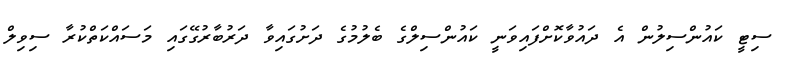
ސިޓީ ކައުންސިލުން އެ ދައުވާކޮށްފައިވަނީ ކައުންސިލްގެ ބެލުމުގެ ދަށުގައިވާ ދަރުބާރުގޭގައި މަސައްކަތްކުރާ ސިވިލް